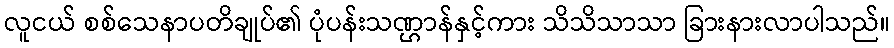
လူငယ် စစ်သေနာပတိချုပ်၏ ပုံပန်းသဏ္ဌာန်နှင့်ကား သိသိသာသာ ခြားနားလာပါသည်။